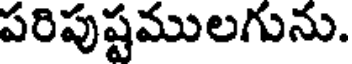
పరిపుష్టములగును.